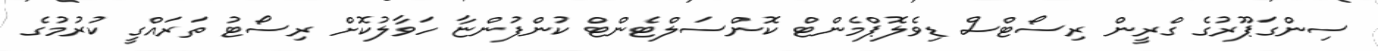
ސިންގަޕޫރުގެ ގްރީން ރިސޯޓްސް ޑިވެލޮޕްމެންޓް ކޮންސަލްޓެންޓް ކުންފުންޏާ ހަވާލުކޮށް ރިސޯޓު ތަރައްގީ ކުރުމުގެ